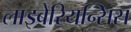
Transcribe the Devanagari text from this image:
लाइबेरियन्सिस